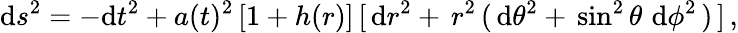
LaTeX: \mathrm{d}s^{2}=-\mathrm{d}t^{2}+a(t)^{2}\, [1+h(r)]\, [\, \mathrm{d}r^{2}+\, r^{2}\, (\, \mathrm{d}\theta^{2}+\, \sin^{2}\theta\, \, \mathrm{d}\phi^{2}\, )\, ]\, ,